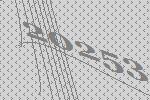
20253